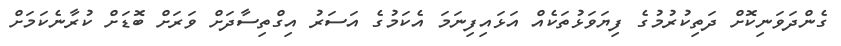
ގެންދަވަނިކޮށް ދަތިކުރުމުގެ ފިޔަވަޅުތަކެއް އަޅައިފިނަމަ އެކަމުގެ އަސަރު އިގްތިސާދަށް ވަރަށް ބޮޑަށް ކުރާނެކަމަށް